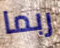
ربما